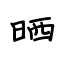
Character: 晒